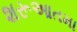
શરૂઆતમા